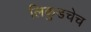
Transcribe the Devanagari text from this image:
लिकुडचेच